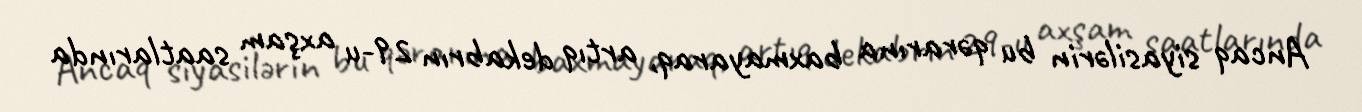
Ancaq siyasilərin bu qərarına baxmayaraq, artıq dekabrın 29-u axşam saatlarında